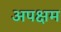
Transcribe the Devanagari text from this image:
अपक्षम